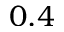
0 . 4